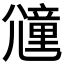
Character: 𡰕